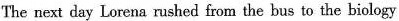
The next day Lorena rushed from the hus to the biology